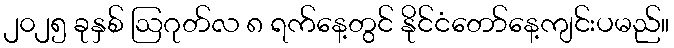
၂၀၂၅ ခုနှစ် ဩဂုတ်လ ၈ ရက်နေ့တွင် နိုင်ငံတော်နေ့ကျင်းပမည်။